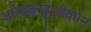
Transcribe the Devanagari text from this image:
अतेझ्काहुआकान